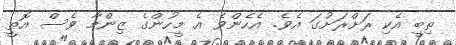
ތިބީ އެކި ރަށްރަށުގަ އެވެ. އެހެންވެ އެ މީހުންގެ ޒިންމާ ވެސް އޮތީ